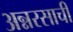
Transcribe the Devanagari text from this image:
अन्नरसाची